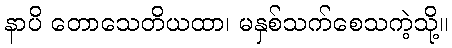
နာပိ တောသေတိယထာ၊ မနှစ်သက်စေသကဲ့သို့။